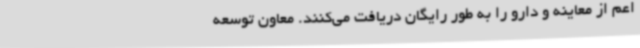
اعم از معاینه و دارو را به طور رایگان دریافت می‌کنند. معاون توسعه